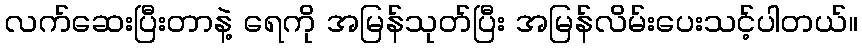
လက်ဆေးပြီးတာနဲ့ ရေကို အမြန်သုတ်ပြီး အမြန်လိမ်းပေးသင့်ပါတယ်။